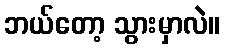
ဘယ်တော့ သွားမှာလဲ။